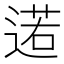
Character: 逽